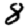
Digit: 8